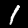
Label: 1